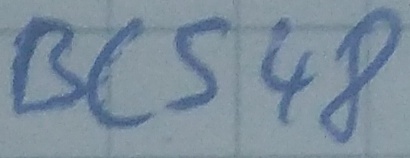
Text: BC548